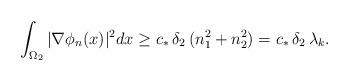
LaTeX: \begin{align*}\int_{\Omega_{2}}|\nabla\phi_{n}(x)|^2dx \geq c_{*}\,\delta_{2}\,(n_{1}^2 + n_{2}^2) = c_{*}\,\delta_{2}\,\lambda_{k}.\end{align*}